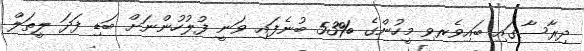
ދިރާސާގައި ބައިވެރވި މީހުންގެ %53 ބުނެފައި ވަނީ ފުލުހުންނަށް ބަޑި ފަދަ ލީތަލް